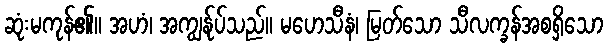
ဆုံးမကုန်၏။ အဟံ၊ အကျွန်ုပ်သည်။ မဟေသီနံ၊ မြတ်သော သီလက္ခန်အစရှိသော